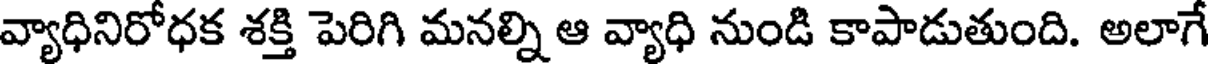
వ్యాధినిరోధక శక్తి పెరిగి మనల్ని ఆ వ్యాధి నుండి కాపాడుతుంది. అలాగే